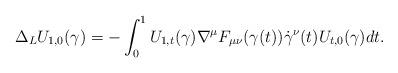
LaTeX: \begin{align*}\Delta_L U_{1,0}(\gamma)=-\int_0^1U_{1,t}(\gamma)\nabla^\mu F_{\mu \nu}(\gamma(t))\dot{\gamma}^\nu(t)U_{t,0}(\gamma)dt.\end{align*}